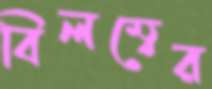
বিলম্বের